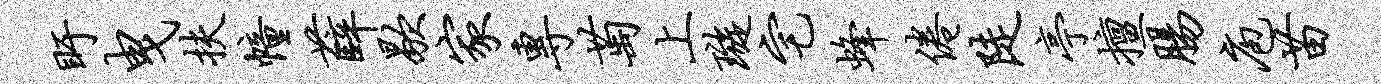
盱曳扶幢薛歇家专萄上璇宅蜂倦陡亭擅肠庖苗